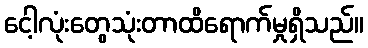
ငေါ့လုံးတွေသုံးတာထိရောက်မှုရှိသည်။